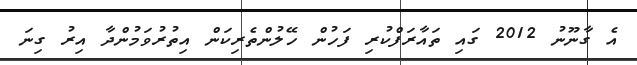
އެ ގާނޫނު 2012 ގައި ތައާރަފްކުރި ފަހުން ހޭލުންތެރިކަން އިތުރުވަމުންދާ އިރު ގިނަ